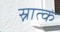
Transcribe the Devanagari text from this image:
स्नात्क